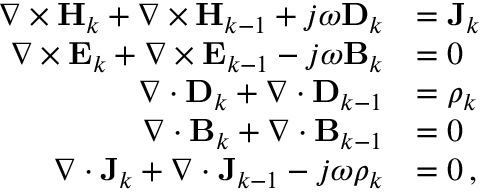
\begin{array} { r l } { \nabla \times \mathbf { H } _ { k } + \nabla \times \mathbf { H } _ { k - 1 } + j \omega \mathbf { D } _ { k } } & { = \mathbf { J } _ { k } } \\ { \nabla \times \mathbf { E } _ { k } + \nabla \times \mathbf { E } _ { k - 1 } - j \omega \mathbf { B } _ { k } } & { = 0 } \\ { \nabla \cdot \mathbf { D } _ { k } + \nabla \cdot \mathbf { D } _ { k - 1 } } & { = \rho _ { k } } \\ { \nabla \cdot \mathbf { B } _ { k } + \nabla \cdot \mathbf { B } _ { k - 1 } } & { = 0 } \\ { \nabla \cdot \mathbf { J } _ { k } + \nabla \cdot \mathbf { J } _ { k - 1 } - j \omega \rho _ { k } } & { = 0 \, , } \end{array}